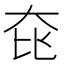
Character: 𡘁